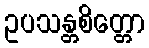
ဥပသန္တစိတ္တော